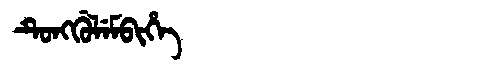
Manchu: ᡨᡠᠩᡤᡠᠯᡝᠮᠪᡳᡥᡝ
Romanization: TUNGGULEMBIHE